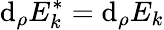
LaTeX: \mathrm{d}_{\rho}E_{k}^{*}=\mathrm{d}_{\rho}E_{k}